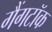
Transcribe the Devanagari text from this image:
गैंगटॉक